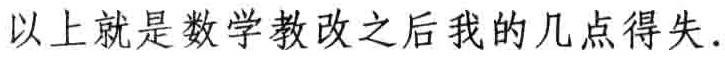
以上就是数学教改之后我的几点得失.